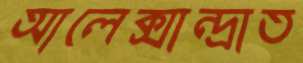
আলেক্সান্দ্রাত